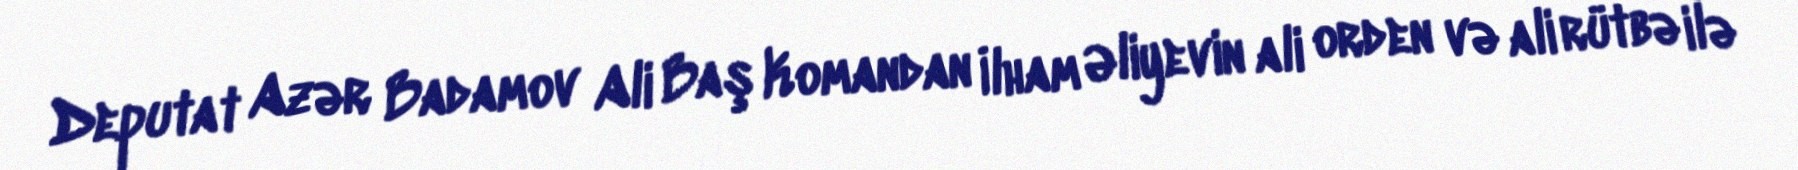
Deputat Azər Badamov Ali Baş Komandan İlham Əliyevin ali orden və ali rütbə ilə